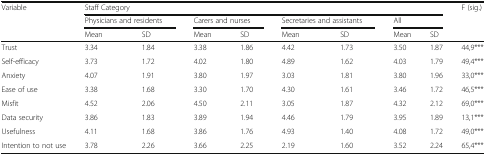
<table><thead><tr><td rowspan="3"><b>Variable</b></td><td colspan="8"><b>Staff Category</b></td><td rowspan="3"><b>F (sig.)</b></td></tr><tr><td colspan="2"><b>Physicians and residents</b></td><td colspan="2"><b>Carers and nurses</b></td><td colspan="2"><b>Secretaries and assistants</b></td><td colspan="2"><b>All</b></td></tr><tr><td><b>Mean</b></td><td><b>SD</b></td><td><b>Mean</b></td><td><b>SD</b></td><td><b>Mean</b></td><td><b>SD</b></td><td><b>Mean</b></td><td><b>SD</b></td></tr></thead><tbody><tr><td>Trust</td><td>3.34</td><td>1.84</td><td>3.38</td><td>1.86</td><td>4.42</td><td>1.73</td><td>3.50</td><td>1.87</td><td>44,9***</td></tr><tr><td>Self-efficacy</td><td>3.73</td><td>1.72</td><td>4.02</td><td>1.80</td><td>4.89</td><td>1.62</td><td>4.03</td><td>1.79</td><td>49,4***</td></tr><tr><td>Anxiety</td><td>4.07</td><td>1.91</td><td>3.80</td><td>1.97</td><td>3.03</td><td>1.81</td><td>3.80</td><td>1.96</td><td>33,0***</td></tr><tr><td>Ease of use</td><td>3.38</td><td>1.68</td><td>3.30</td><td>1.70</td><td>4.30</td><td>1.61</td><td>3.46</td><td>1.72</td><td>46,5***</td></tr><tr><td>Misfit</td><td>4.52</td><td>2.06</td><td>4.50</td><td>2.11</td><td>3.05</td><td>1.87</td><td>4.32</td><td>2.12</td><td>69,0***</td></tr><tr><td>Data security</td><td>3.86</td><td>1.83</td><td>3.89</td><td>1.94</td><td>4.46</td><td>1.79</td><td>3.95</td><td>1.89</td><td>13,1***</td></tr><tr><td>Usefulness</td><td>4.11</td><td>1.68</td><td>3.86</td><td>1.76</td><td>4.93</td><td>1.40</td><td>4.08</td><td>1.72</td><td>49,0***</td></tr><tr><td>Intention to not use</td><td>3.78</td><td>2.26</td><td>3.66</td><td>2.25</td><td>2.19</td><td>1.60</td><td>3.52</td><td>2.24</td><td>65,4***</td></tr></tbody></table>